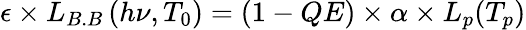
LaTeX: \epsilon\times L_{B.B}\left(h\nu,T_{0}\right)=\left(1-QE\right)\times\alpha\times L_{p}(T_{p})